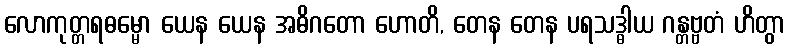
လောကုတ္တရဓမ္မော ယေန ယေန အဓိဂတော ဟောတိ, တေန တေန ပရသဒ္ဓါယ ဂန္တဗ္ဗတံ ဟိတွာ